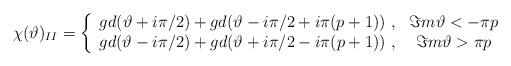
LaTeX: \begin{align*}\chi (\vartheta )_{II}=\left\{ \begin{array}{cc}gd(\vartheta +i\pi /2)+gd(\vartheta -i\pi /2+i\pi (p+1))\, \, , & \Im m\vartheta <-\pi p\\gd(\vartheta -i\pi /2)+gd(\vartheta +i\pi /2-i\pi (p+1))\, \, , & \Im m\vartheta >\pi p\end{array}\right.\end{align*}